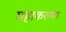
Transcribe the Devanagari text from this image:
महाकरुणा